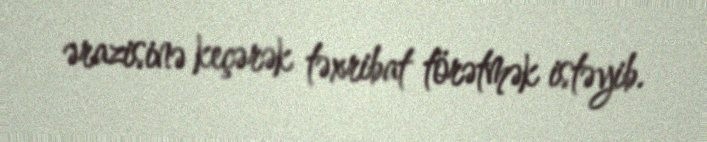
ərazisinə keçərək təxribat törətmək istəyib.